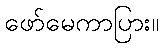
ဖော်မေကာပြား။